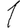
Digit: 1